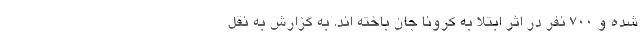
شده و 700 نفر در اثر ابتلا به کرونا جان باخته اند. به گزارش به نقل